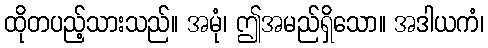
ထိုတပည့်သားသည်။ အမုံ၊ ဤအမည်ရှိသော။ အဒါယကံ၊